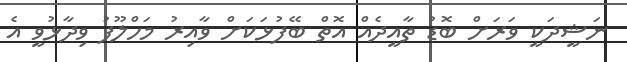
ނަޝީދަކީ ވަރަށް ބޮޑު ތާއީދެއް އޮތް ބޭފުޅަކަށް ވާއިރު މަހްލޫފު ވިދާޅުވީ އެ